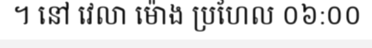
។ នៅ វេលា ម៉ោង ប្រហែល ០៦:០០